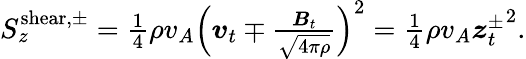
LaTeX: \begin{array}{r}{S_{z}^{\mathrm{shear,\pm}}=\frac{1}{4}\rho v_{A}\left(\boldsymbol{v}_{t}\mp\frac{\boldsymbol{B}_{t}}{\sqrt{4\pi\rho}}\right)^{2}=\frac{1}{4}\rho v_{A}{\boldsymbol{z}_{t}^{\pm}}^{2}.}\end{array}